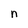
Character: n